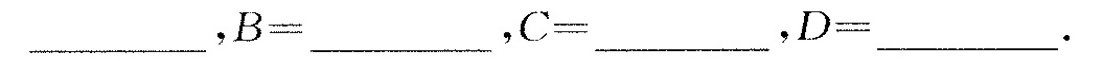
___$$，$$B = ___$$，$$C = ___$$，$$D = ___ .